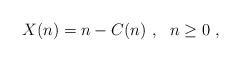
LaTeX: \begin{align*}X(n)=n-C(n)~,~~n\geq 0~,\end{align*}